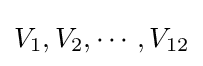
V_{1},V_{2},\cdots ,V_{12}